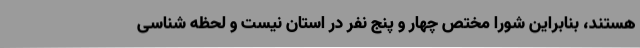
هستند، بنابراین شورا مختص چهار و پنج نفر در استان نیست و لحظه شناسی